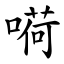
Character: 嗬